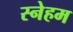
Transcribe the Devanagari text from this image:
स्नेहम